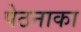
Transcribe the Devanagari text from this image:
पेठनाका